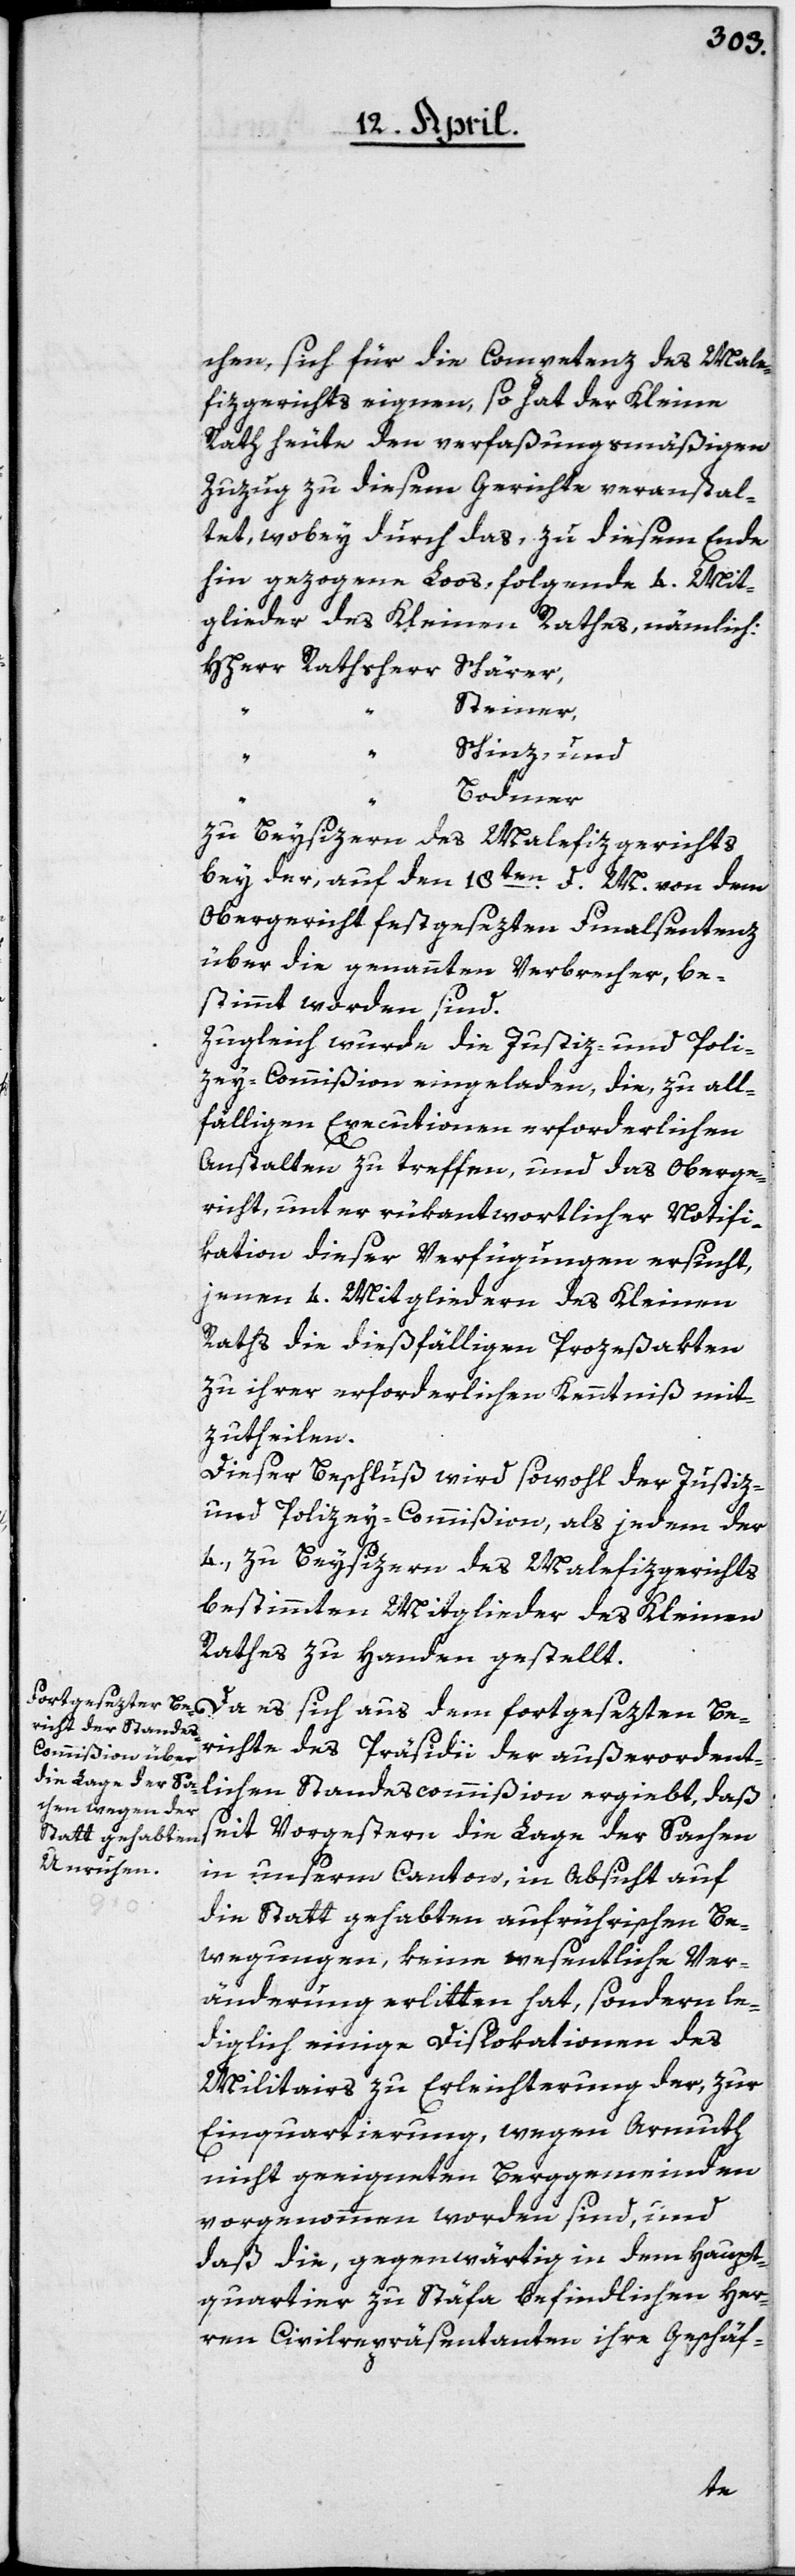
chen, sich für die Competenz des Male¬
fizgerichts eignen, so hat der Kleine
Rath heute den verfaßungsmäßigen
Zuzug zu diesem Gerichte veranstal¬
tet, wobey durch das, zu diesem Ende
hin gezogene Loos folgende 4. Mit¬
glieder des Kleinen Rathes, nämlich:
HHerrn Rathsherrn Schärer,
Steiner,
Schinz und
“
Bodmer
zu Beysizern des Malefizgerichts
bey der, auf den 18ten d. M. von dem
Obergericht festgesezten Finalsentenz
über die genannten Verbrecher, be¬
stimmt worden sind.
Zugleich wurde die Justiz- und Poli¬
zey-Commißion eingeladen, die, zu all¬
fälligen Executionen erforderlichen
Anstalten zu treffen, und das Oberge¬
richt, unter rükantwortlicher Notifi¬
cation dieser Verfügungen ersucht,
jenen 4. Mitgliedern des Kleinen
Raths die dießfälligen Prozeßakten
zu ihrer erforderlichen Kenntniß mit¬
zutheilen.
Dieser Beschluß wird sowohl der Justiz-
und Polizey-Commißion, als jedem der
4, zu Beysizern des Malefizgerichts
bestimmten Mitglieder des Kleinen
Rathes zu Handen gestellt.
Da es sich aus dem fortgesezten Be¬
richte des Präsidii der außerordent¬
lichen Standescommißion ergiebt, daß
seit Vorgestern die Lage der Sachen
in unserm Canton, in Absicht auf
die statt gehabten aufrührischen Be¬
wegungen, keine wesentliche Ver¬
änderung erlitten hat, sondern le¬
diglich einige Dislokationen des
Militairs zu Erleichterung der, zur
Einquartierung wegen Armuth
nicht geeigneten Berggemeinden
vorgenommen worden sind, und
daß die, gegenwärtig in dem Haupt¬
quartier zu Stäfa befindlichen Her¬
ren Civilrepräsentanten ihre Geschäf-